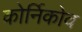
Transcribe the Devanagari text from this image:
कोर्निकोव